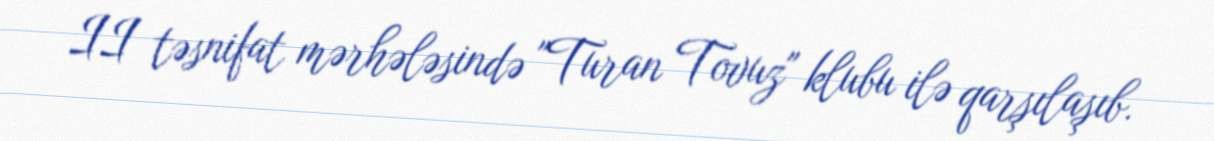
II təsnifat mərhələsində "Turan Tovuz" klubu ilə qarşılaşıb.